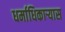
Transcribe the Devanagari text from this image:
धर्माधिकार्‍यास